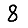
Digit: 8